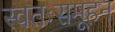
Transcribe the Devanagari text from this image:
स्वतःसमूहन